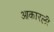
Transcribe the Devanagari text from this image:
आकारली